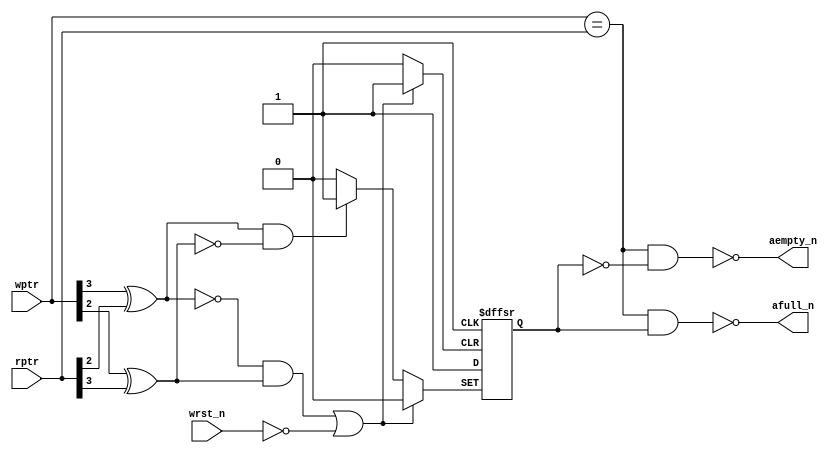
module async_cmp (aempty_n, afull_n, wptr, rptr, wrst_n);
 parameter ADDRSIZE = 4;
 parameter N = ADDRSIZE-1;
 output aempty_n, afull_n;
 input [N:0] wptr, rptr;
 input wrst_n;
 reg direction;
 wire high = 1'b1;
 wire dirset_n = ~( (wptr[N]^rptr[N-1]) & ~(wptr[N-1]^rptr[N]));
 wire dirclr_n = ~((~(wptr[N]^rptr[N-1]) & (wptr[N-1]^rptr[N])) | ~wrst_n);
 always @(posedge high or negedge dirset_n or negedge dirclr_n)
 if (!dirclr_n) direction <= 1'b0;
 else if (!dirset_n) direction <= 1'b1;
 else direction <= high;

 assign aempty_n = ~((wptr == rptr) && !direction);
 assign afull_n = ~((wptr == rptr) && direction);
endmodule